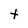
Character: t